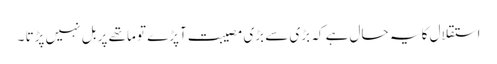
استقلال کا یہ حال ہے کہ بڑی سے بڑی مصیبت آپڑے تو ماتھے پر بل نہیں پڑتا ۔